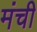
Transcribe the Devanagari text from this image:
मंची